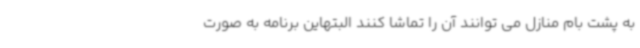
به پشت بام منازل می توانند آن را تماشا کنند البتهاین برنامه به صورت